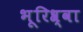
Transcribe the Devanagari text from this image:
भूरिश्र्वा